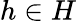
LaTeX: h\in H